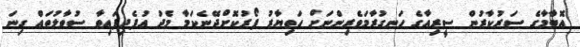
އޮބާމާގެ ސަރުކާރުން ސީރިއާގެ ހަނގުރާމަވެރިންނަށް ހަތިޔާރު ފޯރުކޮށްދޭނެކަމާ މެދު އުފެދިފައިވާ ސުވާލުތައް ގިނަ